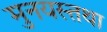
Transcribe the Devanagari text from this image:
मुनयस्तथा